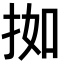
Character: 𫼰